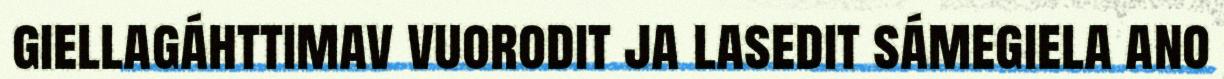
giellagáhttimav vuorodit ja lasedit sámegiela ano